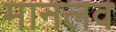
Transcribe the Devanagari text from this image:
मानलव